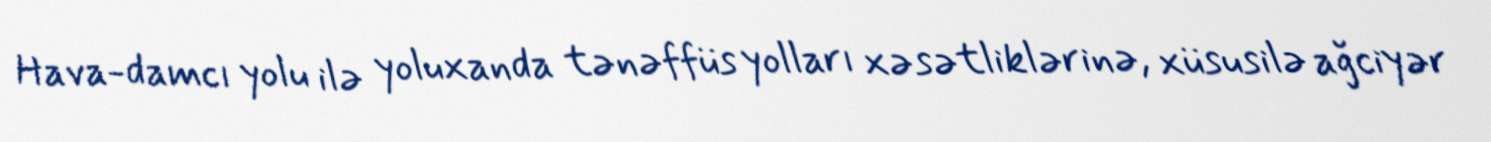
Hava-damcı yolu ilə yoluxanda tənəffüs yolları xəsətliklərinə, xüsusilə ağciyər